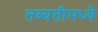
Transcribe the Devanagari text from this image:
तब्यतीमध्ये